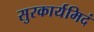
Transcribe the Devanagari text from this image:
सुरकार्यमिदं